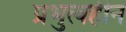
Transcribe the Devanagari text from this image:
प्रभुत्वहीन